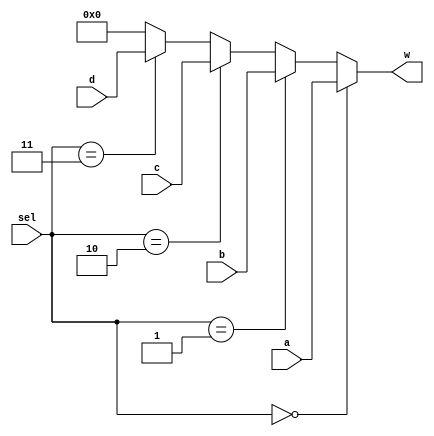
`timescale 1ps/1ps

module mux4to1 #(parameter N = 32)(a, b ,c, d, sel, w);
    input[1:0] sel;
    input[N-1:0] a,b,c,d;
    output [N-1:0] w;
    assign w = (sel == 2'b00) ? a : (sel == 2'b01) ? b : (sel == 2'b10) ? c : (sel == 2'b11) ? d : 0;
endmodule